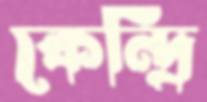
কেন্দ্রি